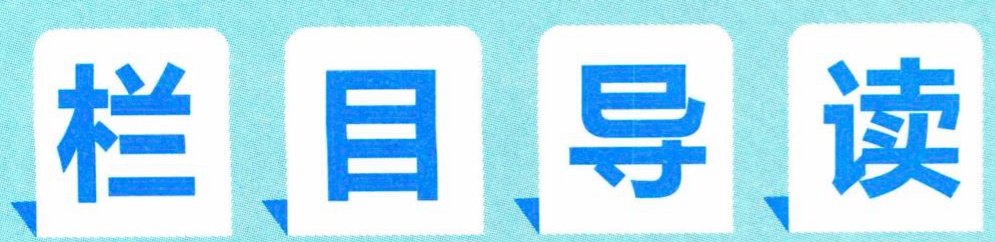
栏目导读